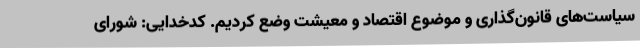
سیاست‌های قانون‌گذاری و موضوع اقتصاد و معیشت وضع کردیم. کدخدایی: شورای